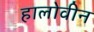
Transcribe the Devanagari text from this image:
हालोवीन